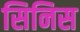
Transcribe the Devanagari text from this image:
सिनिस